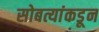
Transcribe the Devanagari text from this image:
सोबत्यांकडून